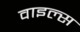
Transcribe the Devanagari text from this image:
वाइल्स